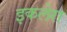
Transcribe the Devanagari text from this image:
इकलेरा